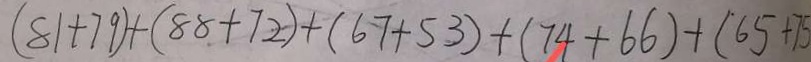
( 8 1 + 7 9 ) + ( 8 8 + 7 2 ) + ( 6 7 + 5 3 ) + ( 7 4 + 6 6 ) + ( 6 5 + 7 5 )